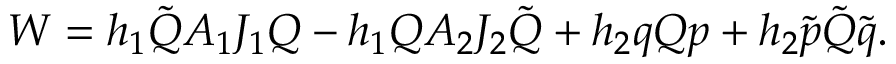
W = h _ { 1 } \tilde { \cal Q } A _ { 1 } J _ { 1 } { \cal Q } - h _ { 1 } { \cal Q } A _ { 2 } J _ { 2 } \tilde { \cal Q } + h _ { 2 } q { \cal Q } p + h _ { 2 } \tilde { p } \tilde { \cal Q } \tilde { q } .